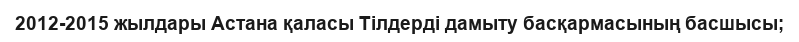
2012-2015 жылдары Астана қаласы Тілдерді дамыту басқармасының басшысы;